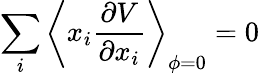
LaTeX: \sum_{i}{\left\langle x_{i}\frac{\partial V}{\partial x_{i}}\right\rangle}_{\phi=0}=0